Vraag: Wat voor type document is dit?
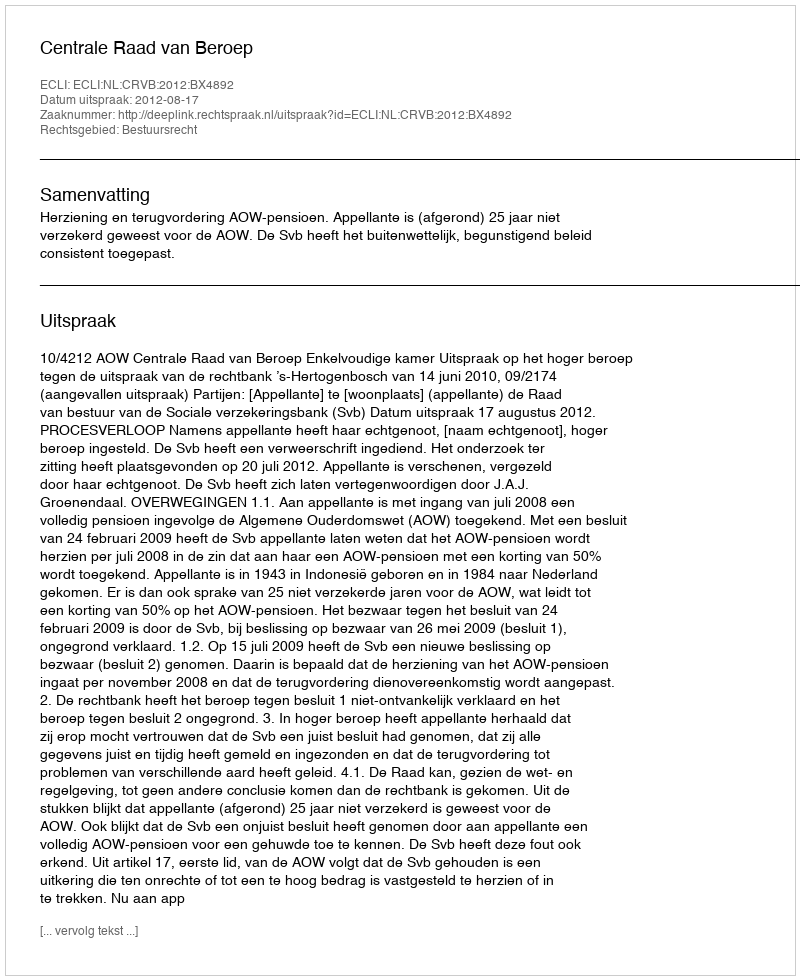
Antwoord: Uitspraak